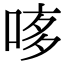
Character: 𠴽